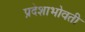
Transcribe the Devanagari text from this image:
प्रदेशाभोवती